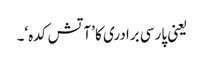
یعنی پارسی برادری کا ’آتش کدہ‘۔